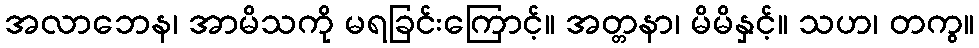
အလာဘေန၊ အာမိသကို မရခြင်းကြောင့်။ အတ္တနာ၊ မိမိနှင့်။ သဟ၊ တကွ။